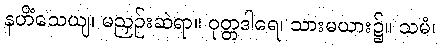
နဟိံသေယျ၊ မညှဉ်းဆဲရာ။ ဝုတ္တဒါရေ၊ သားမယား၌။ သမံ၊